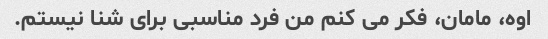
اوه، مامان، فکر می کنم من فرد مناسبی برای شنا نیستم.